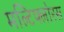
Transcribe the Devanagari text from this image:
मल्टिफ्लोरस